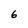
Character: 6